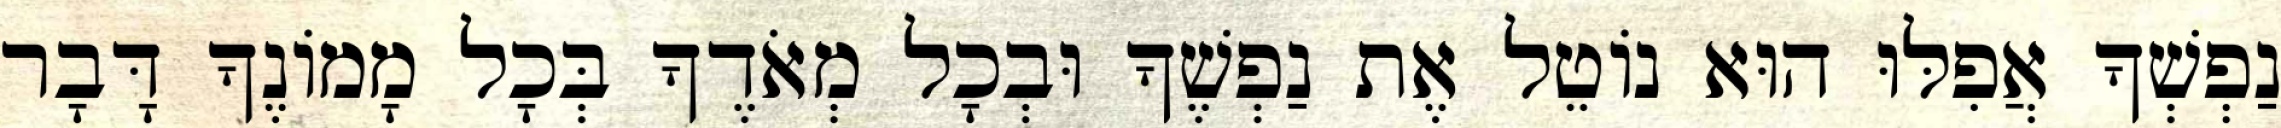
נַפְשְׁךָ אֲפִלּוּ הוּא נוֹטֵל אֶת נַפְשֶׁךָ וּבְכָל מְאֹדֶךָ בְּכָל מָמוֹנֶךָ דָּבָר